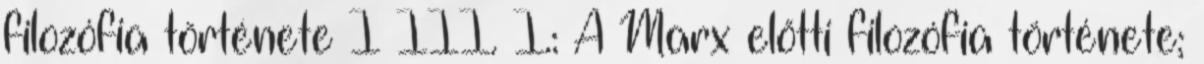
filozófia története I–III. I.: A Marx előtti filozófia története;